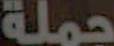
جملة